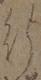
行